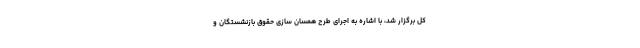
کل برگزار شد، با اشاره به اجرای طرح همسان سازی حقوق بازنشستگان و